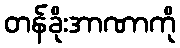
တန်ခိုးအာဏာကို